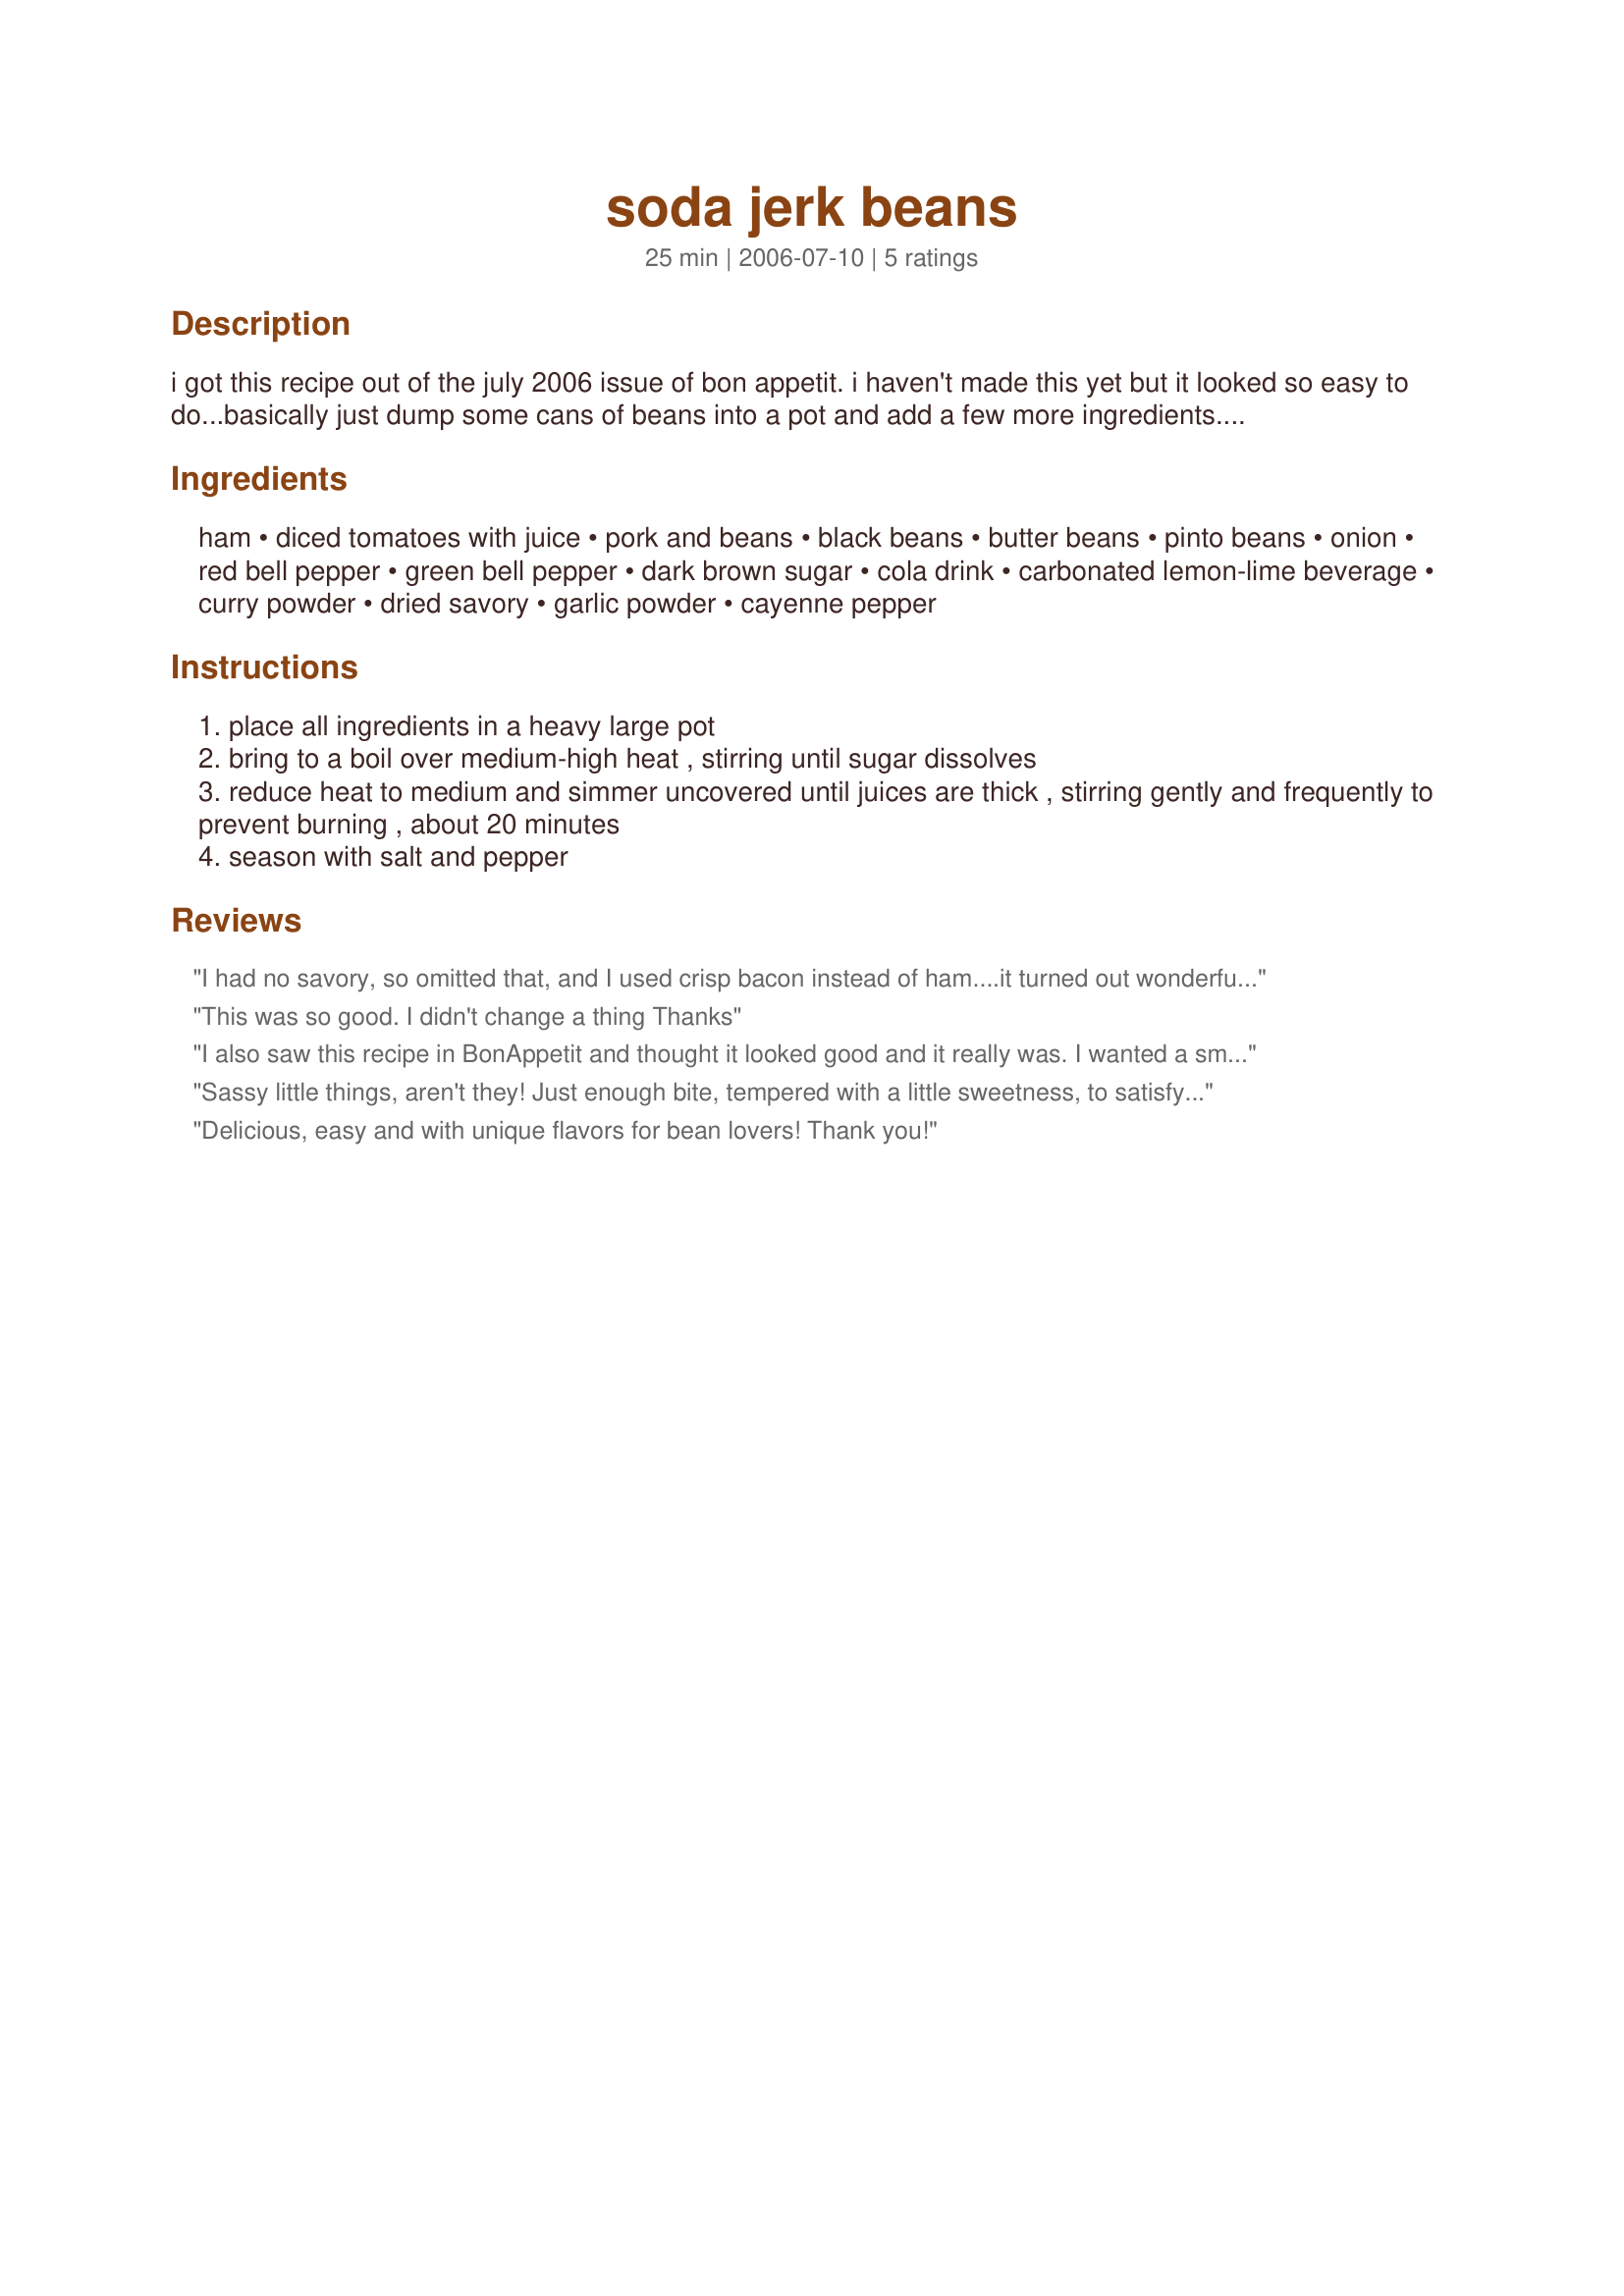
soda jerk beans
Preparation time: 25 minutes

i got this recipe out of the july 2006 issue of bon appetit. i haven't made this yet but it looked so easy to do...basically just dump some cans of beans into a pot and add a few more ingredients. we love bean dishes as a side when we grill out and i thought this looked like a great one.

Ingredients:
ham, diced tomatoes with juice, pork and beans, black beans, butter beans, pinto beans, onion, red bell pepper, green bell pepper, dark brown sugar, cola drink, carbonated lemon-lime beverage, curry powder, dried savory, garlic powder, cayenne pepper

Steps:
place all ingredients in a heavy large pot
bring to a boil over medium-high heat , stirring until sugar dissolves
reduce heat to medium and simmer uncovered until juices are thick , stirring gently and frequently to prevent burning , about 20 minutes
season with salt and pepper

Reviews:
I had no savory, so omitted that, and I used crisp bacon instead of ham....it turned out wonderful, and I thought I didn't like curry dishes!
This was so good. I didn't change a thing Thanks
I also saw this recipe in BonAppetit and thought it looked good and it really was. I wanted a smaller quantity so omitted the butter and pinto beans and halved the remaining ingredients. I also decreased the amount of curry powder and used diet sodas. The beans were so good that next time I will make the full recipe.
Sassy little things, aren't they! Just enough bite, tempered with a little sweetness, to satisfy any bean lover. I'll be indroducing these to my boys at our next BBQ. Bev Tag, thank you for this quick dish.

Delicious, easy and with unique flavors for bean lovers! Thank you!
